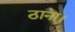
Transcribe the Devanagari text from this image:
ठाना।